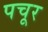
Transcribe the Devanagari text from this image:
पचूर